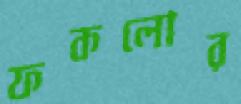
ফকলোর